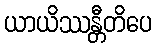
ယာယိဿန္တီတိပေ